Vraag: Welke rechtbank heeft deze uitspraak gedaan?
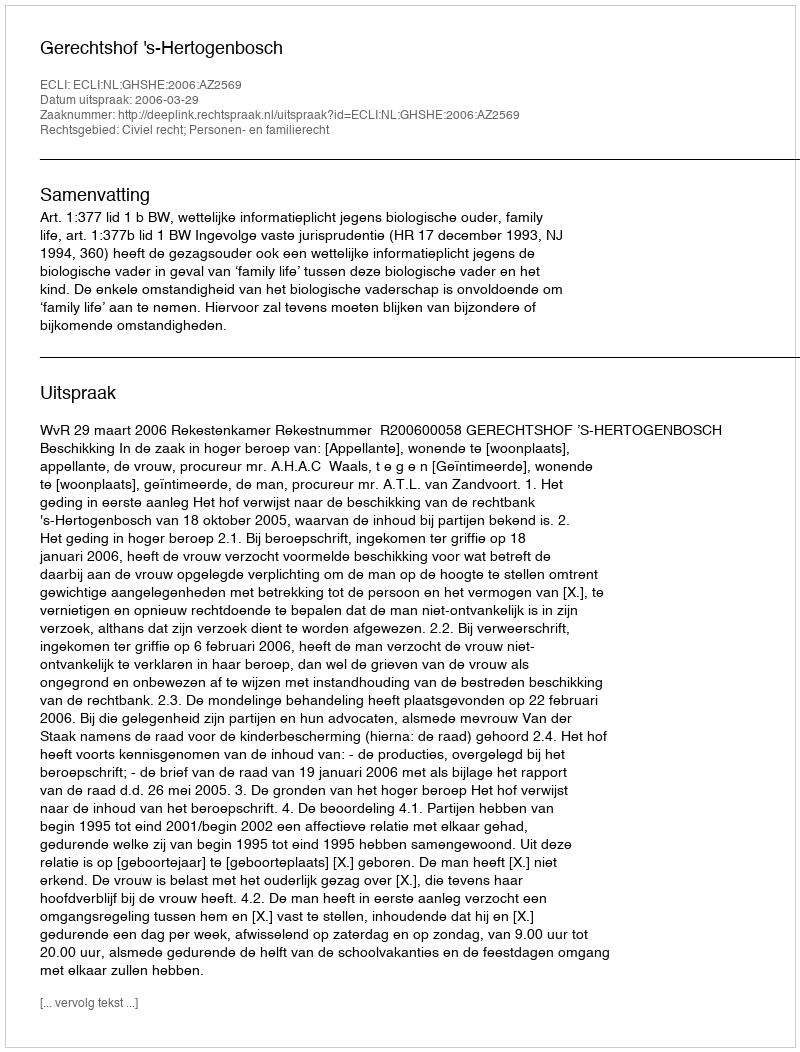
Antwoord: Gerechtshof 's-Hertogenbosch